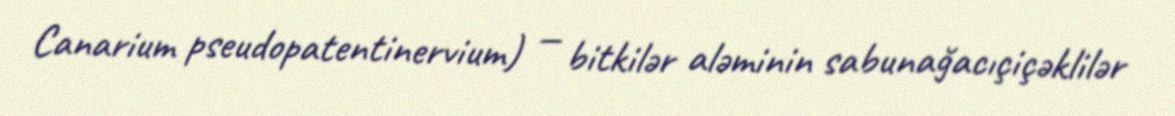
Canarium pseudopatentinervium) — bitkilər aləminin sabunağacıçiçəklilər